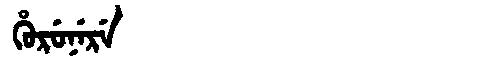
Manchu: ᡥᡠᡵᡠᠨᡝᡵᡝ
Romanization: HURUNERE